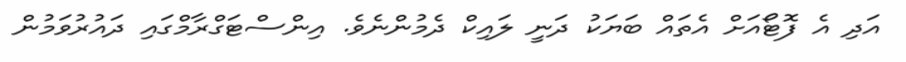
އަދި އެ ފޮޓޯއަށް އެތައް ބަޔަކު ދަނީ ލައިކް ދެމުންނެވެ. އިންސްޓަގްރާމްގައި ދައުރުވަމުން